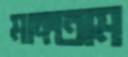
মাঙ্গতাম